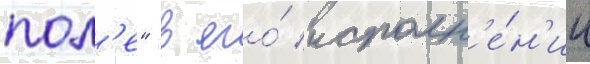
пол'е" в его́ исполн'е́н'ии